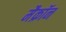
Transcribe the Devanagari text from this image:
मैक्रॉन